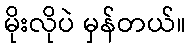
မိုးလိုပဲ မှန်တယ်။